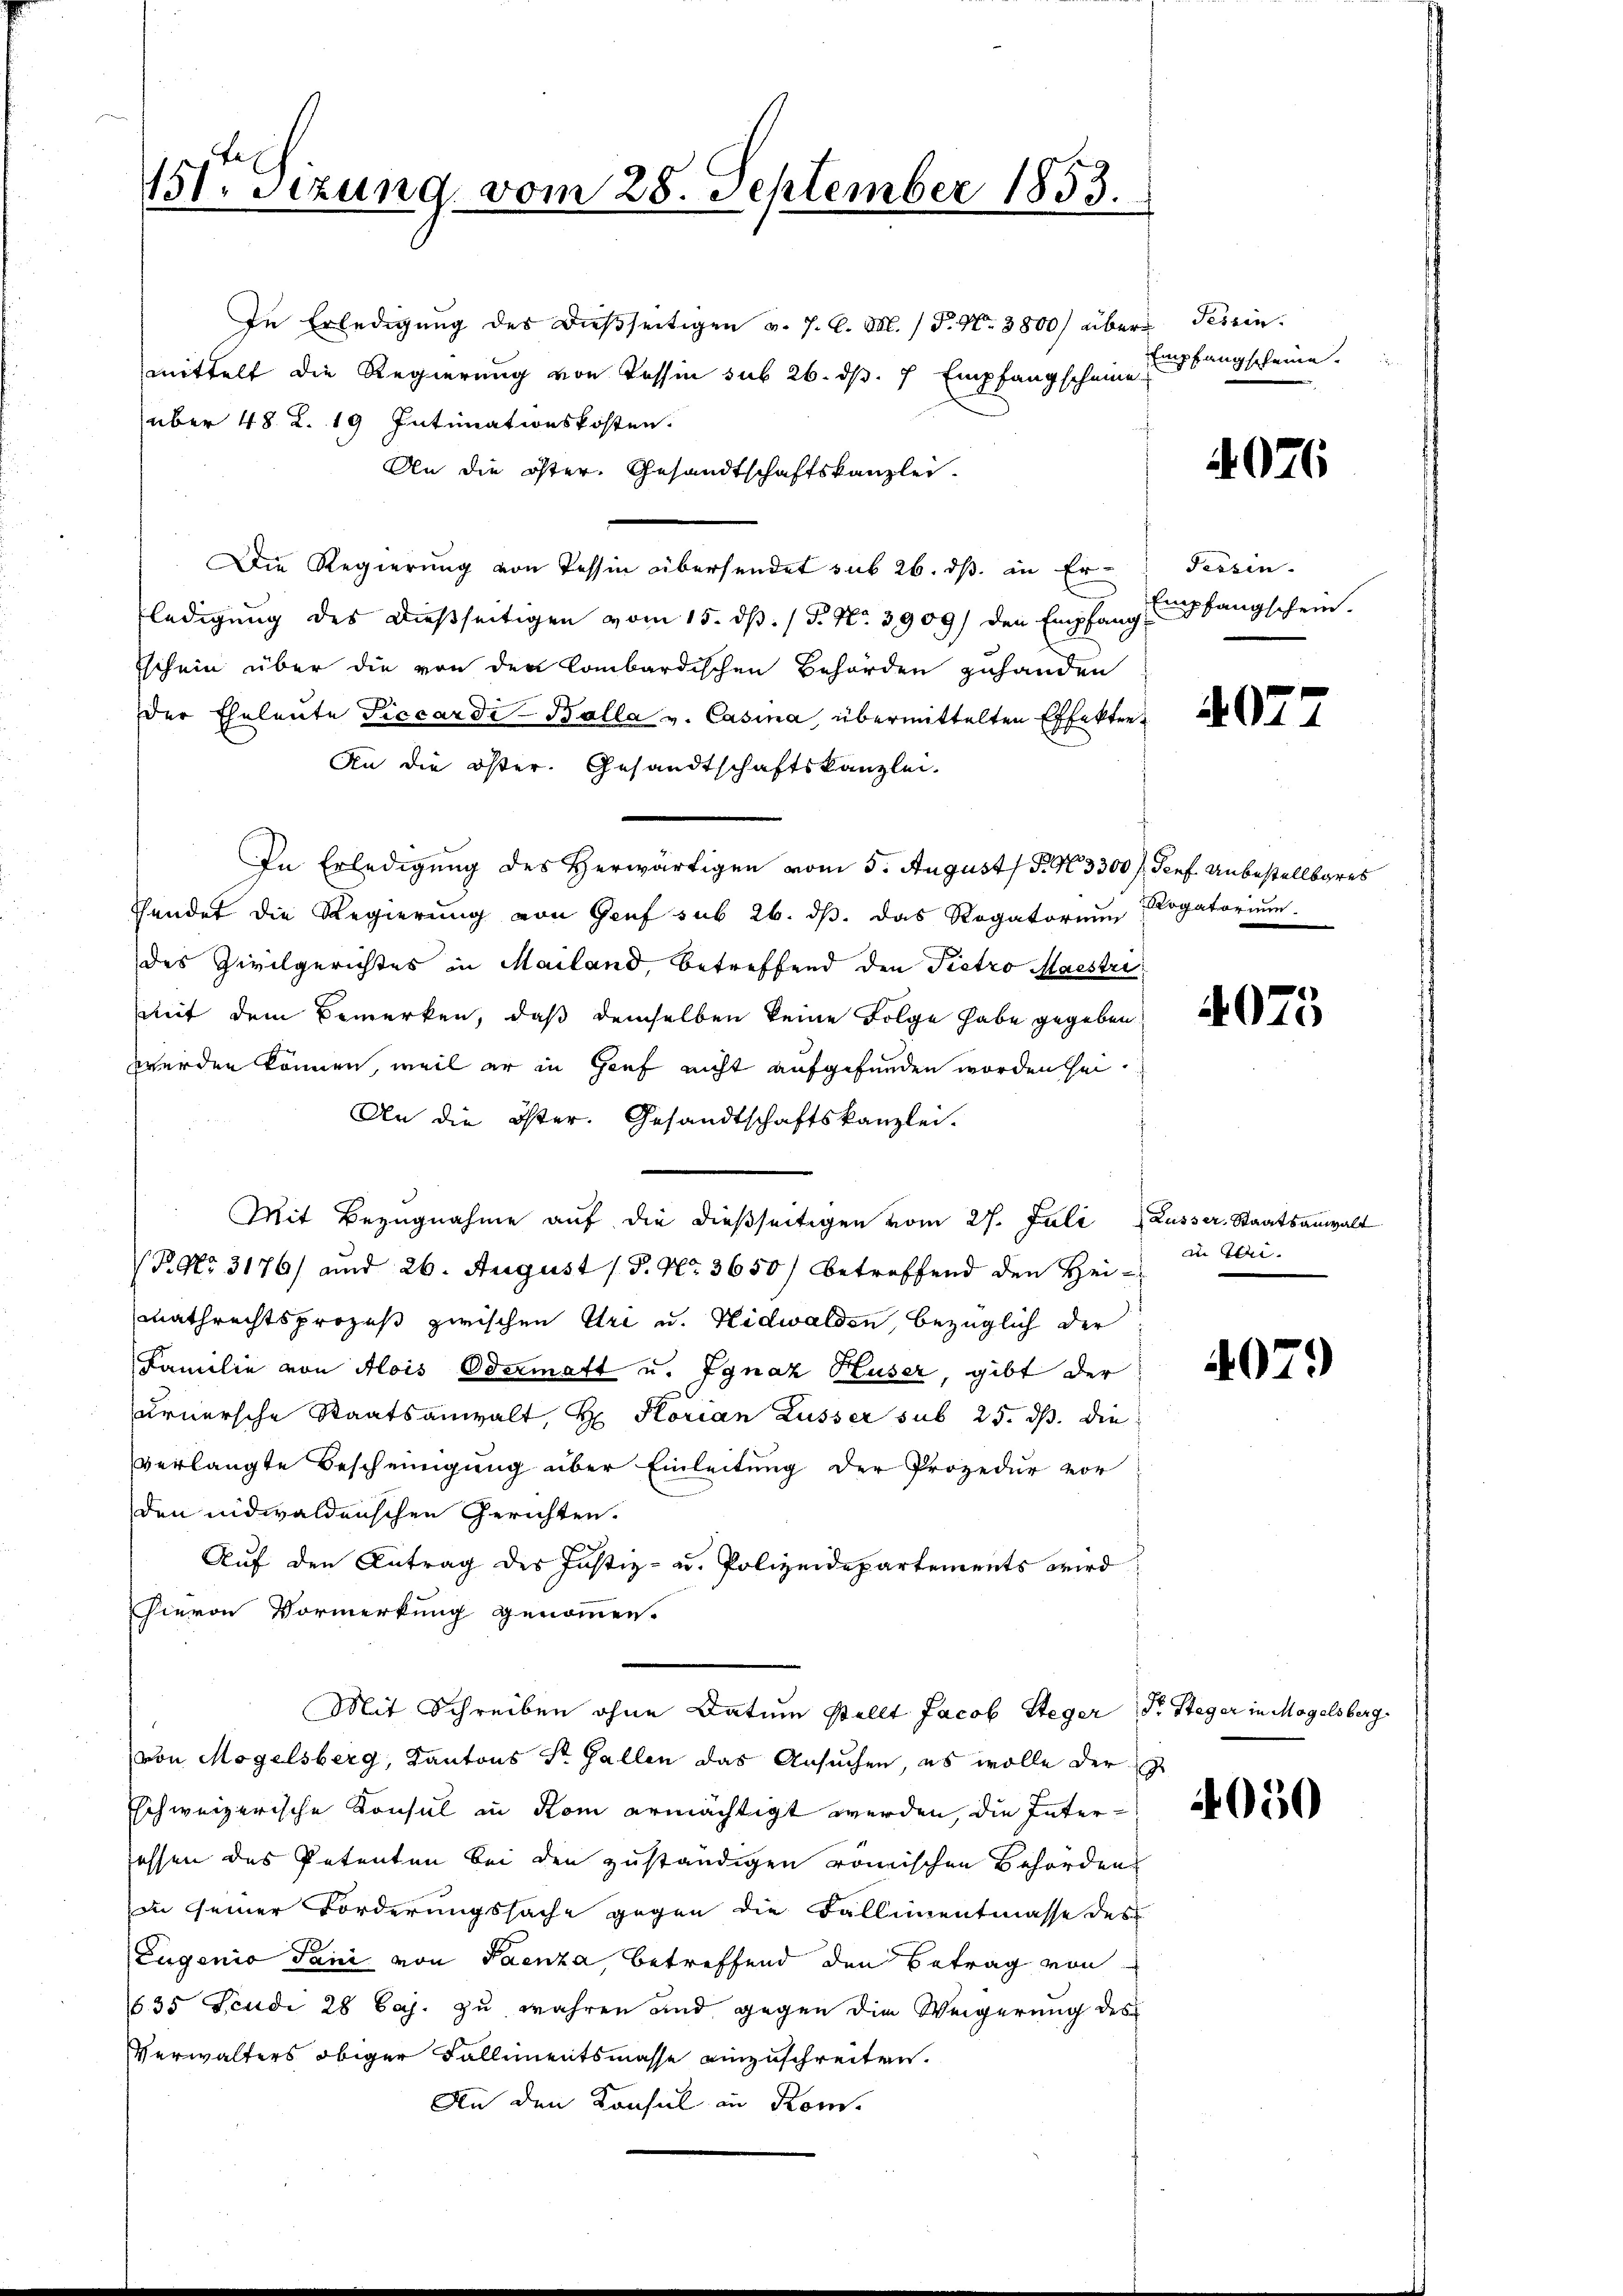
11. Sitzung vom 28. September 1853.

In Erledigung des dießseitigen v. J. C. M. / P. Nr. 3800) über Tessin.
mittelt die Regierung von Tessin sub 26. dß. 7 Empfangscheine Empfangscheine.
über 48. R. 19 Intimationskosten.
An die öster. Gesandtschaftskanzlei.
Die Regierung von Tessin übersendet sub 26. ds. in Er
ledigung des dießseitigen vom 15. dß. / P. Nr. 3909) den Empfang fangschein.
schein über die von den Combardischen Behörden zuhanden
Der Eheleute Piccardi-Bolla v. Casina, übermittelten Effekten¬
An die öster. Gesandtschaftskanzlei.
In Erledigung des Herwärtigen vom 5. August / P. N. 3300), Genf. Unbestellbares
Tendet die Regierung von Genf sub 26. dβ. das Rogatorium Rogatorium.
des Zivilgerichtes in Mailand, betreffend den Pietro Maestri
mit dem Bemerken, daß demselben keine Folge habe gegeben
werden können, weil er in Gief nicht aufgefunden worden sei.
An die öster. Gesandtschaftskanzlei.
Mit Bezŭgnahme aŭf die dießseitigen vom 27. Juli Lusser. Staatsanwalt
Pato 3176) und 26. August (d. No. 3650/ betreffend den Hei-
mathrechtsprozeß zwischen Uri u. Nidwalden, bezüglich der
Familie von Alois Odermatt u. Ignaz Huser, gibt der
urnersche Staatsanwalt, Hr. Florian Lusser sub 25. ds. die
verlangte Bescheinigung über Einleitung der Prozedur vor
den nidwaldenschen Gerichten.
Auf den Antrag des Justiz- u. Polizeidepartements wird
Hievon Vormerkung genommen.
Mit Schreiben ohne Datum stellt Jacob Steger Dr. Steger in Mogelsberg
von Mögelsberg, Kantons St. Gallen das Ansuchen, es wolle der
Eschweizerische Konsul in Rom ermächtigt werden, die Interessen das Petenten bei den zuständigen römischen Behörden
in seiner Forderungssache gegen die Fallimentmasse des
Eugenio Sani von Paenza, betreffend den Betrag von
635 Fcudi 28 Caj. zu wahren und gegen die Weigerung des
Verwalters obiger Fallimentsmasse einzuschreiten.
An den Konsul in Rom.

4076

Tessin.

4077

4025

in Tei

407.

1

4050